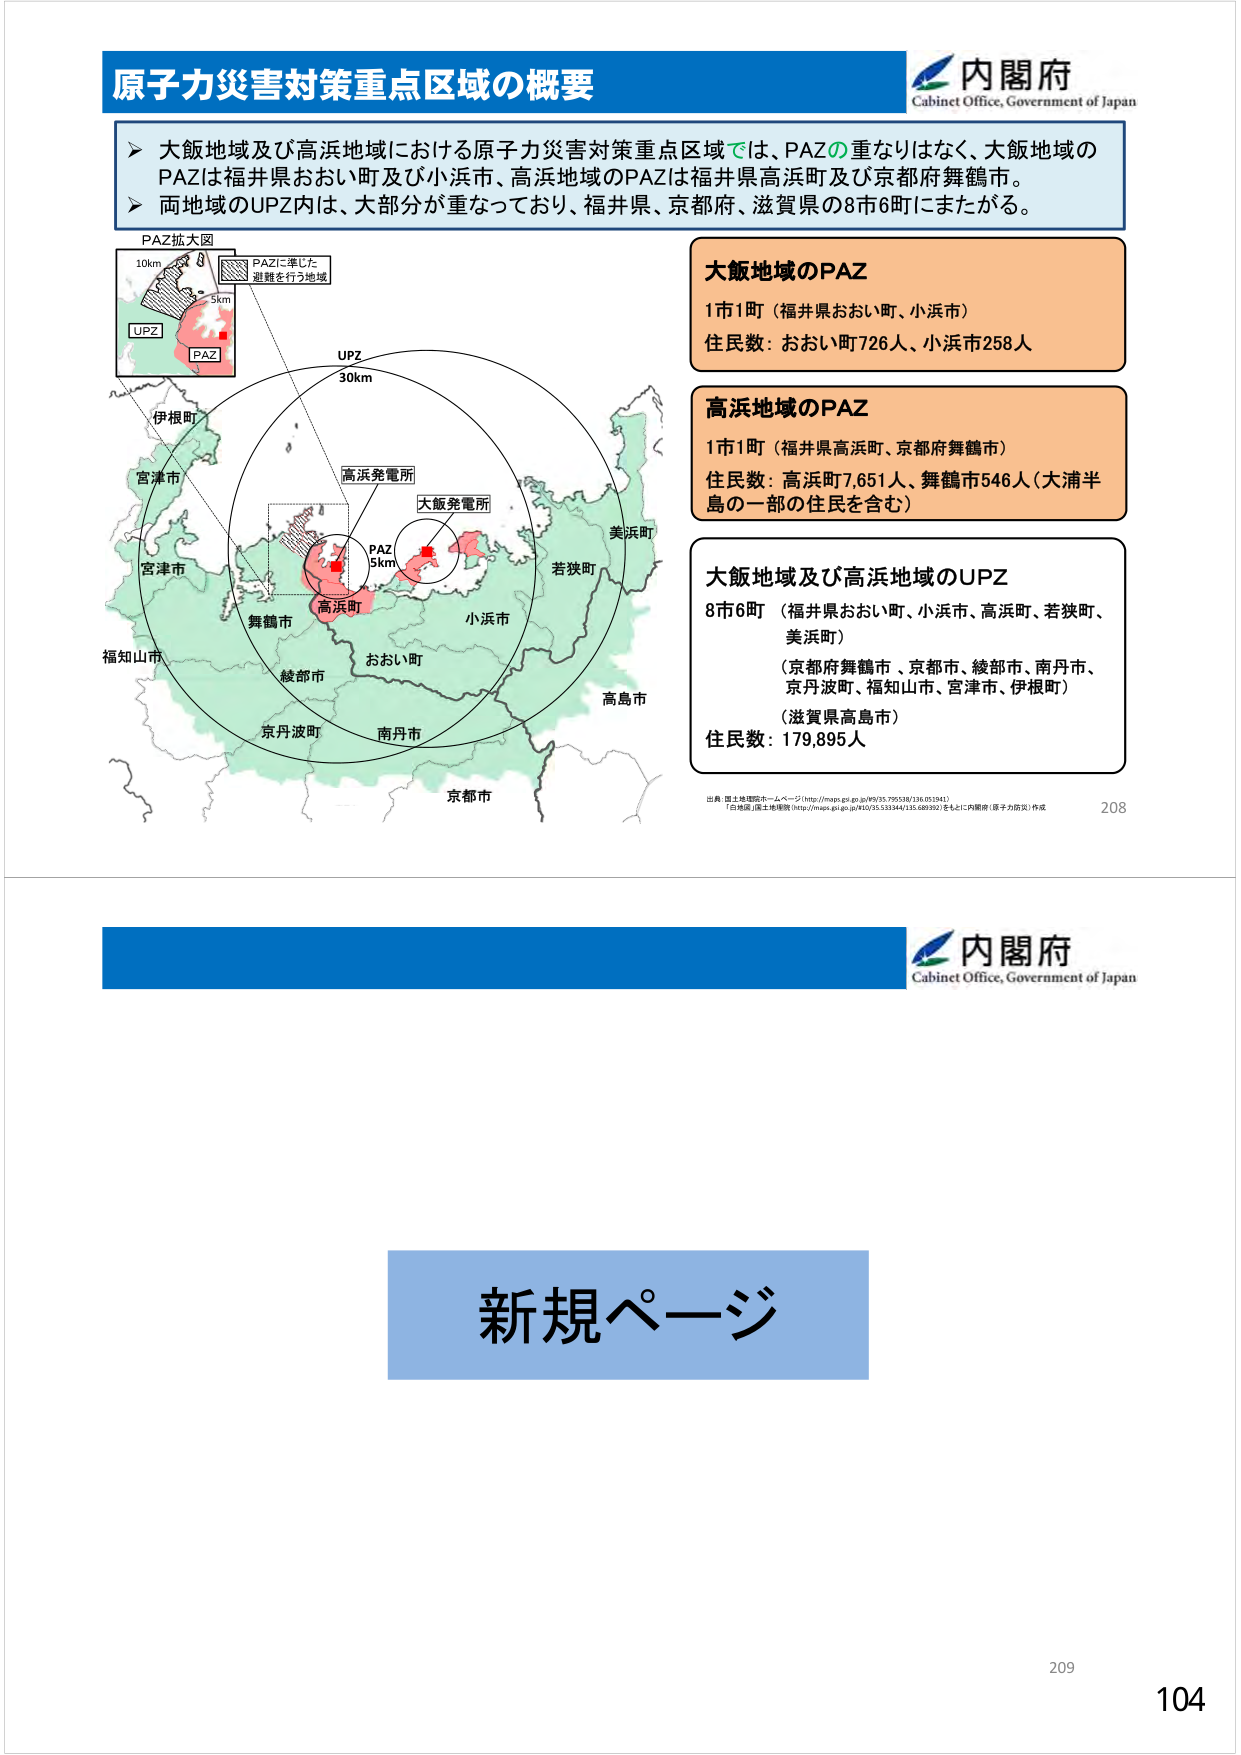
原子力災害対策重点区域の概要

内閣府
Cabinet Office, Government of Japan

▶ 大飯地域及び高浜地域における原子力災害対策重点区域では、PAZの重なりはなく、大飯地域のPAZは福井県おおい町及び小浜市、高浜地域のPAZは福井県高浜町及び京都府舞鶴市。
▶ 両地域のUPZ内は、大部分が重なっており、福井県、京都府、滋賀県の8市6町にまたがる。

PAZ拡大図
10km
UPZ
PAZ
5km
PAZに準じた
避難を行う地域

UPZ
30km
PAZ
5km

伊根町
宮津市
宮津市
福知山市
舞鶴市
高浜町
おおい町
綾部市
京丹波町
南丹市
京都市
小浜市
若狭町
美浜町
高島市
高浜発電所
大飯発電所

大飯地域のPAZ
1市1町（福井県おおい町、小浜市）
住民数：おおい町726人、小浜市258人

高浜地域のPAZ
1市1町（福井県高浜町、京都府舞鶴市）
住民数：高浜町7,651人、舞鶴市546人（大浦半島の一部の住民を含む）

大飯地域及び高浜地域のUPZ
8市6町（福井県おおい町、小浜市、高浜町、若狭町、美浜町）
（京都府舞鶴市、京都市、綾部市、南丹市、京丹波町、福知山市、宮津市、伊根町）
（滋賀県高島市）
住民数：179,895人

出典：国土地理院ホームページ（http://maps.gsi.go.jp/#!/25.795338/136.051841）
「白地図」（国土地理院（http://maps.gsi.go.jp/#!/35.533344/135.689392））をもとに内閣府（原子力防災）作成

208

内閣府
Cabinet Office, Government of Japan

新規ページ

209
104